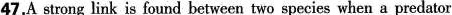
47.A strong link in foumd between two species when a prodator